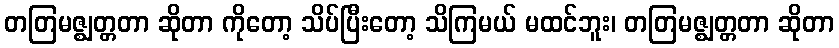
တတြမဇ္ဈတ္တတာ ဆိုတာ ကိုတော့ သိပ်ပြီးတော့ သိကြမယ် မထင်ဘူး၊ တတြမဇ္ဈတ္တတာ ဆိုတာ